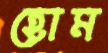
হোম